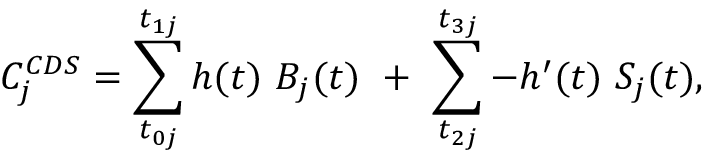
C _ { j } ^ { C D S } = \sum _ { t _ { 0 j } } ^ { t _ { 1 j } } { h ( t ) ~ B _ { j } ( t ) } ~ + ~ \sum _ { t _ { 2 j } } ^ { t _ { 3 j } } { - h ^ { \prime } ( t ) ~ S _ { j } ( t ) } ,